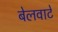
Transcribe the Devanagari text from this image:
बेलवाटे